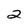
Character: 2